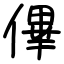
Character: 𠌫